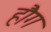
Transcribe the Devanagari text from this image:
हौग